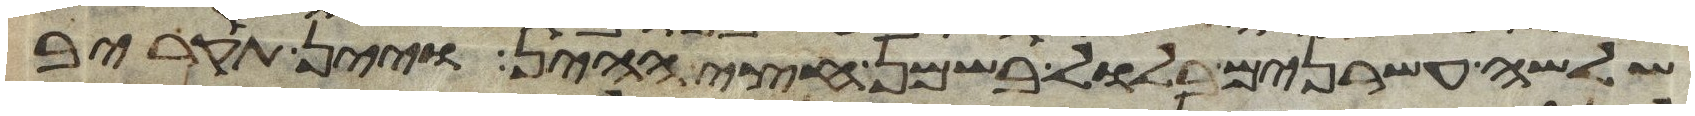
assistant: שלשה עשרנים בלול בשמן חצי ההין ויין תקריב